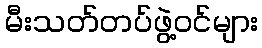
မီးသတ်တပ်ဖွဲ့ဝင်များ